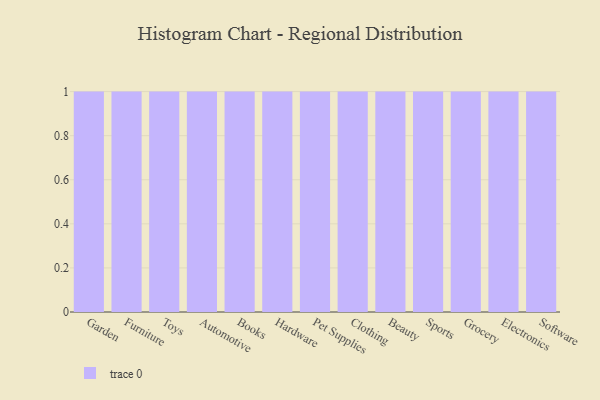
{"axis": {"x": "Category", "y": "Production Output"}, "legend": [""], "data": [{"x": "Garden", "y": 33, "type": ""}, {"x": "Furniture", "y": 77, "type": ""}, {"x": "Toys", "y": 43, "type": ""}, {"x": "Automotive", "y": 22, "type": ""}, {"x": "Books", "y": 79, "type": ""}, {"x": "Hardware", "y": 89, "type": ""}, {"x": "Pet Supplies", "y": 98, "type": ""}, {"x": "Clothing", "y": 41, "type": ""}, {"x": "Beauty", "y": 54, "type": ""}, {"x": "Sports", "y": 56, "type": ""}, {"x": "Grocery", "y": 94, "type": ""}, {"x": "Electronics", "y": 63, "type": ""}, {"x": "Software", "y": 9, "type": ""}]}